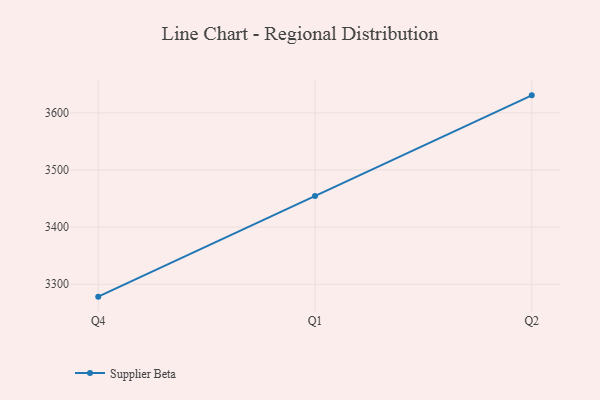
{"axis": {"x": "Quarter", "y": "LTV (USD)"}, "legend": ["Supplier Beta"], "data": [{"x": "Q4", "y": 3278.3, "type": "Supplier Beta"}, {"x": "Q1", "y": 3454.4, "type": "Supplier Beta"}, {"x": "Q2", "y": 3630.6, "type": "Supplier Beta"}]}